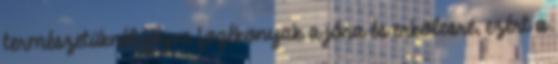
természetüknél fogva fogékonyak a jóra és erkölcsre, ezért a